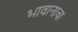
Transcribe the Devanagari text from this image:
भावानाचा